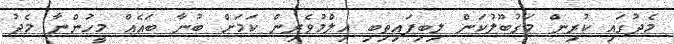
މެދުގައި ކުރިން މަގުބޫލުކަން ލިބިފައިތިބި އިލްމުވެރިން ކަމަށް ބުނާ ބައެއް މީހުންނާ މެދު